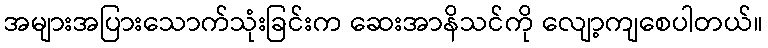
အများအပြားသောက်သုံးခြင်းက ဆေးအာနိသင်ကို လျော့ကျစေပါတယ်။